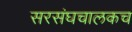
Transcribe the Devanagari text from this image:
सरसंघचालकच